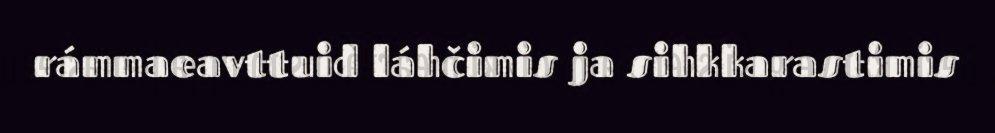
rámmaeavttuid láhčimis ja sihkkarastimis